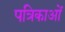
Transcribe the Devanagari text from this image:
पत्रिकाआें